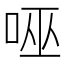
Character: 𭇹